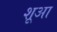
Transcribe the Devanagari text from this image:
शूआ